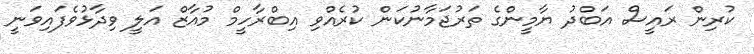
ކުރިން ރައީސް އަބްދު ޔާމީންގެ ތަރުޖަމާނުކަން ކުރެއްވި އިބްރާހީމް މުއާޒް އަލީ ވިދާޅުވެފައިވަނީ